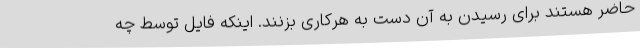
حاضر هستند برای رسیدن به آن دست به هرکاری بزنند. اینکه فایل توسط چه